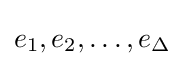
e_{1},e_{2},\ldots ,e_{\Delta }